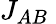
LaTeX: J_{AB}{}_{\ }